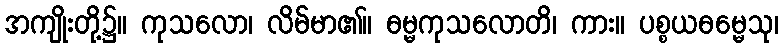
အကျိုးတို့၌။ ကုသလော၊ လိမ်မာ၏။ ဓမ္မကုသလောတိ၊ ကား။ ပစ္စယဓမ္မေသု၊